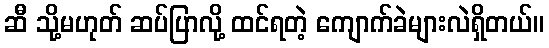
ဆီ သို့မဟုတ် ဆပ်ပြာလို့ ထင်ရတဲ့ ကျောက်ခဲများလဲရှိတယ်။